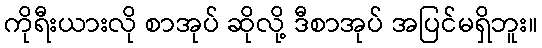
ကိုရီးယားလို စာအုပ် ဆိုလို့ ဒီစာအုပ် အပြင်မရှိဘူး။